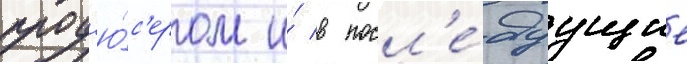
прод'ю́с'ером и́ в посл'е́дуущие